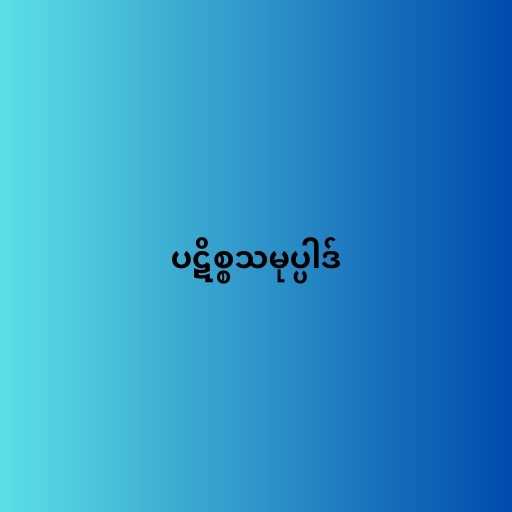
ပဋိစ္စသမုပ္ပါဒ်